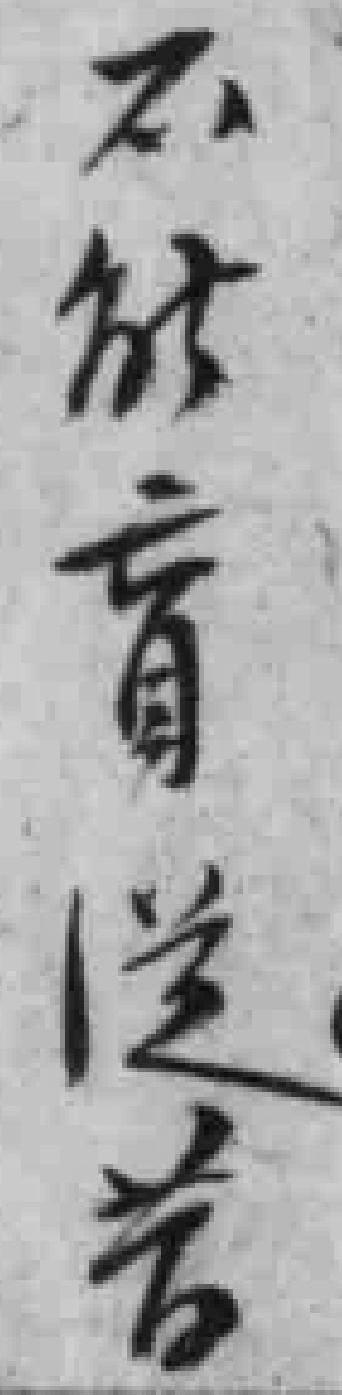
不能盲從若